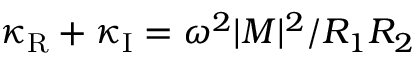
\kappa _ { \mathrm { R } } + \kappa _ { \mathrm { I } } = \omega ^ { 2 } | M | ^ { 2 } / R _ { 1 } R _ { 2 }